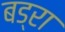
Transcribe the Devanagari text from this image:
बड्रा